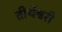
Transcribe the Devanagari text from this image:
तीर्थेश्वरी